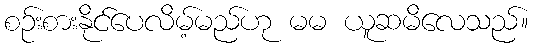
စဉ်းစားနိုင်ပေလိမ့်မည်ဟု မမ ယူဆမိလေသည်။